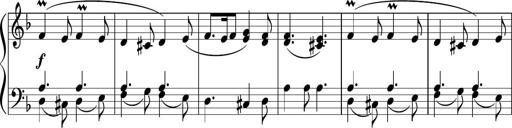
Title: 12 Keyboard Sonatinas
Composer: James Hook